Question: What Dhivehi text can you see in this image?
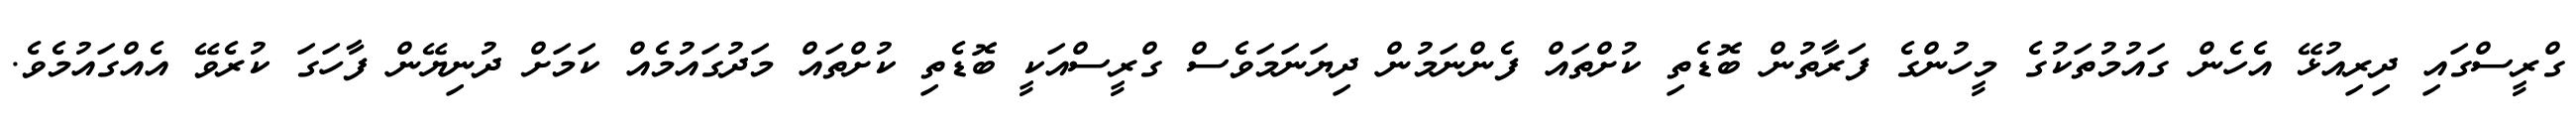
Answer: ގްރީސްގައި ދިރިއުޅޭ އެހެން ގައުމުތަކުގެ މީހުންގެ ފަރާތުން ބޮޑެތި ކުށްތައް ފެންނަމުން ދިޔަނަމަވެސް ގްރީސްއަކީ ބޮޑެތި ކުށްތައް މަދުގައުމެއް ކަމަށް ދުނިޔޭން ފާހަގަ ކުރެވޭ އެއްގައުމެވެ.